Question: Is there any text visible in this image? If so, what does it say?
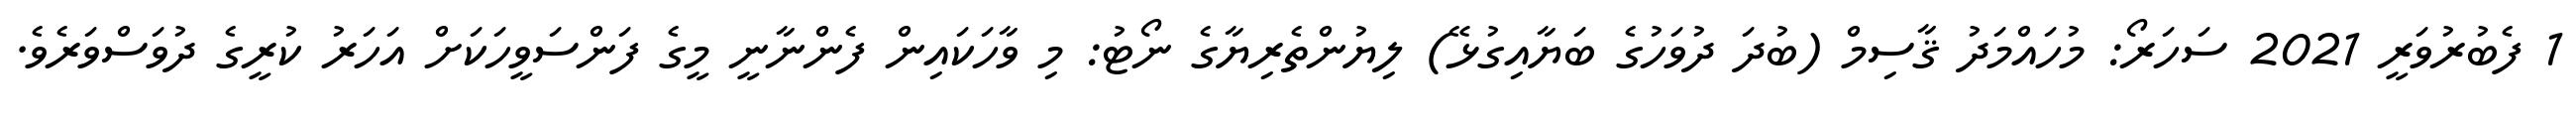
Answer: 1 ފެބުރުވަރީ 2021 ސަހަރޯ: މުހައްމަދު ޤާސިމް (ބުދަ ދުވަހުގެ ބަޔާއިގުޅޭ) ލިޔުންތެރިޔާގެ ނޯޓު: މި ވާހަކައިން ފެންނާނީ މީގެ ފަންސަވީހަކަށް އަހަރު ކުރީގެ ދުވަސްވަރެވެ.